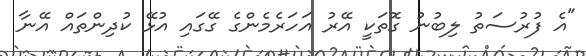
"އެ ފުރުސަތު ލިބުނު ގޮތަކީ އޭރު އަހަރެމެންގެ ގޭގައި އުޅޭ ކުދިންތައް އޭނާ